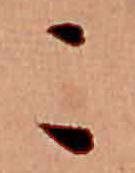
こ